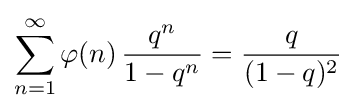
\sum _{n=1}^{\infty }\varphi (n)\,{\frac {q^{n}}{1-q^{n}}}={\frac {q}{(1-q)^{2}}}